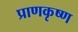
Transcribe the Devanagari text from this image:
प्राणकृष्ण